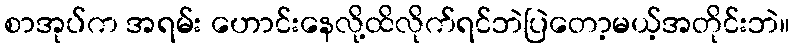
စာအုပ်က အရမ်း ဟောင်းနေလို့ထိလိုက်ရင်ဘဲပြဲတော့မယ့်အတိုင်းဘဲ။